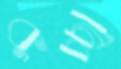
কুচ্ছা